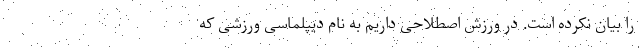
را بیان نکرده است. در ورزش اصطلاحی داریم به نام دیپلماسی ورزشی که